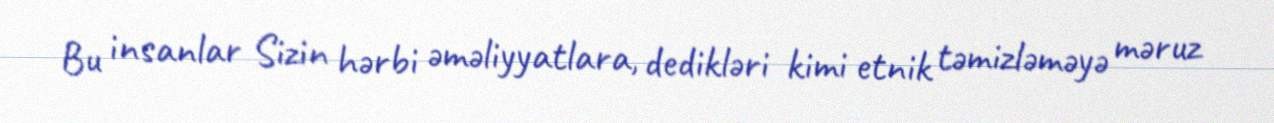
Bu insanlar Sizin hərbi əməliyyatlara, dedikləri kimi etnik təmizləməyə məruz